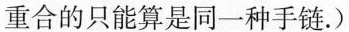
重合的只能算是同一种手链.)